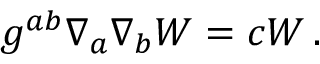
g ^ { a b } \nabla _ { a } \nabla _ { b } { \cal W } = c { \cal W } \, .